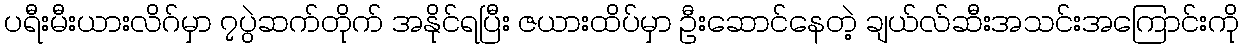
ပရီးမီးယားလိဂ်မှာ ၇ပွဲဆက်တိုက် အနိုင်ရပြီး ဇယားထိပ်မှာ ဦးဆောင်နေတဲ့ ချယ်လ်ဆီးအသင်းအကြောင်းကို